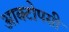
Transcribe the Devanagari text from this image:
आक्टोपसी